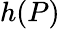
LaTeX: h(P)